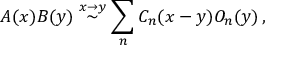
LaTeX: A ( x ) B ( y ) \stackrel { x \rightarrow y } { \sim } \sum _ { n } C _ { n } ( x - y ) O _ { n } ( y ) \, ,